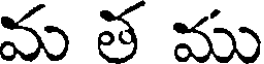
మ త ము